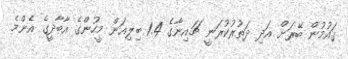
ގައުމުން ބޭރަށް އަދި ދަތުރުކުރަނީ ޗައިނާގެ 1.4 ބިލިއަން މީހުންގެ އާބާދީގެ އެންމެ